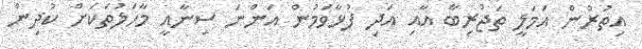
އިތުރުން އަމަލީ ތަޖުރިބާ އާއި އަދި ފުޅާވަމުން އަންނަ ސިނާއީ މާހަލުތަކަށް ކުދިން